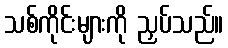
သစ်ကိုင်းများကို ညှပ်သည်။